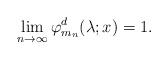
LaTeX: \begin{align*} \lim_{n \to \infty}\varphi^d_{m_n}(\lambda;x) = 1. \end{align*}